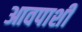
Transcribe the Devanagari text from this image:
आवपाशी